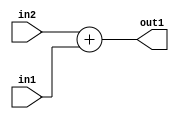
`timescale 1ps / 1ps
/*****************************************************************************
    Verilog RTL Description
    
    
    Created by: Stratus DpOpt 21.05.01 
*******************************************************************************/

module dut_Add_7Ux6U_8U_1 (
	in2,
	in1,
	out1
	); /* architecture "behavioural" */ 
input [6:0] in2;
input [5:0] in1;
output [7:0] out1;
wire [7:0] asc001;

assign asc001 = 
	+(in2)
	+(in1);

assign out1 = asc001;
endmodule

/* CADENCE  ubDwTgo= : u9/ySxbfrwZIxEzHVQQV8Q== ** DO NOT EDIT THIS LINE ******/